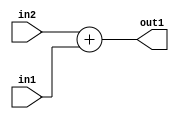
`timescale 1ps / 1ps
/*****************************************************************************
    Verilog RTL Description
    
    
    Created by: Stratus DpOpt 21.05.01 
*******************************************************************************/

module dut_Add_7Ux6U_8U_1 (
	in2,
	in1,
	out1
	); /* architecture "behavioural" */ 
input [6:0] in2;
input [5:0] in1;
output [7:0] out1;
wire [7:0] asc001;

assign asc001 = 
	+(in2)
	+(in1);

assign out1 = asc001;
endmodule

/* CADENCE  ubDwTgo= : u9/ySxbfrwZIxEzHVQQV8Q== ** DO NOT EDIT THIS LINE ******/